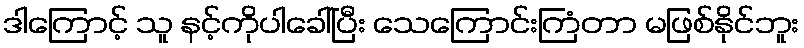
ဒါကြောင့် သူ နင့်ကိုပါခေါ်ပြီး သေကြောင်းကြံတာ မဖြစ်နိုင်ဘူး